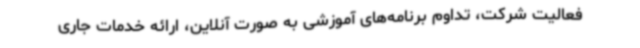
فعالیت شرکت، تداوم برنامه‌های آموزشی به صورت آنلاین، ارائه خدمات جاری